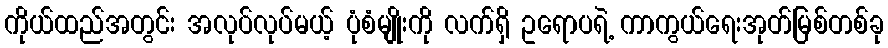
ကိုယ်ထည်အတွင်း အလုပ်လုပ်မယ့် ပုံစံမျိုးကို လက်ရှိ ဥရောပရဲ့ ကာကွယ်ရေးအုတ်မြစ်တစ်ခု